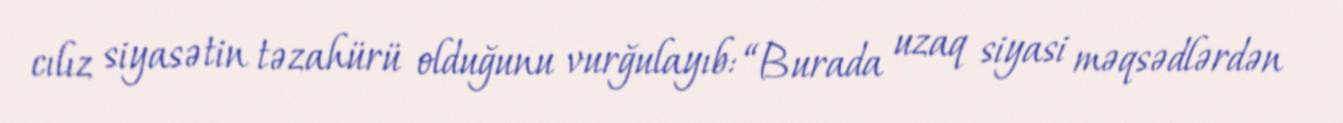
cılız siyasətin təzahürü olduğunu vurğulayıb: “Burada uzaq siyasi məqsədlərdən